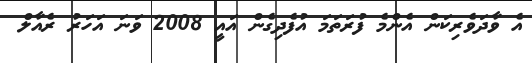
އެ ވާދަވެރިކަން އެންމެ ފުރަތަމަ އުފެދިގެން އައީ 2008 ވަނަ އަހަރު ރެއާލް